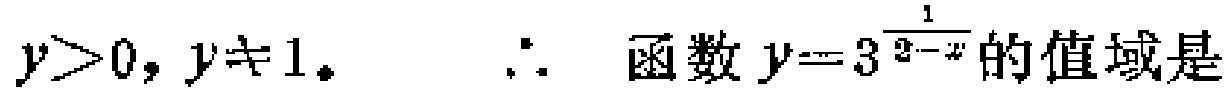
$y>0,y\neq1。\ \ \therefore\ \ 函数\ y = 3^{\frac{1}{2 - x}}的值域是$